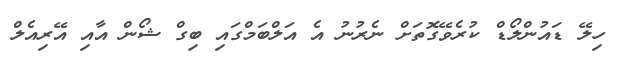
ހިލޭ ޑައުންލޯޑް ކުރެވޭގޮތަށް ނެރުނު އެ އަލްބަމްގައި ބިގް ޝޯން އާއި އޭރިއެލް